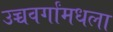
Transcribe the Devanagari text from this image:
उच्चवर्गांमधला